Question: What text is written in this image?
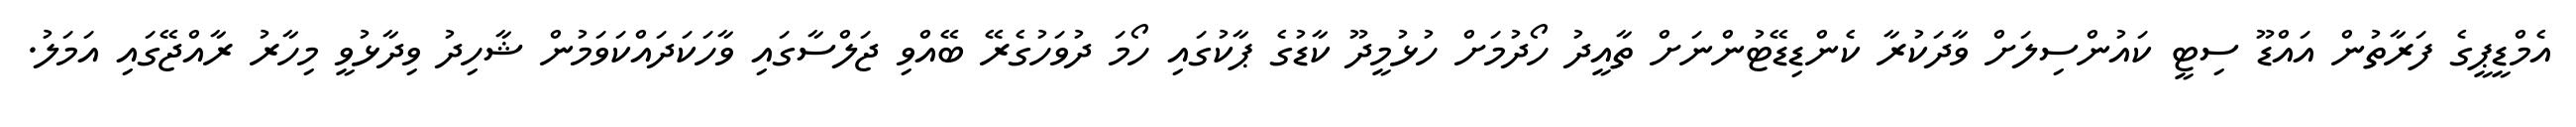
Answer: އެމްޑީޕީގެ ފަރާތުން އައްޑޫ ސިޓީ ކައުންސިލަށް ވާދަކުރާ ކެންޑިޑޭޓުންނަށް ތާއީދު ހޯދުމަށް ހުޅުމީދޫ ކާޑުގެ ޕާކުގައި ހޯމަ ދުވަހުގެރޭ ބޭއްވި ޖަލްސާގައި ވާހަކަދައްކަވަމުން ޝާހިދު ވިދާޅުވީ މިހާރު ރާއްޖޭގައި އަމަލު.